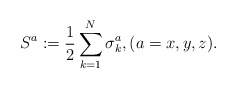
\begin{align*}S^a:=\frac{1}{2}\sum_{k=1}^N\sigma_k^a,(a=x,y,z).\end{align*}